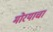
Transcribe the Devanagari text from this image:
मोरयाचा